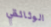
الوثائقي